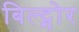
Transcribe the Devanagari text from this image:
बिल्ट्मोर